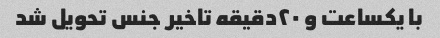
با یکساعت و ۲۰دقیقه تاخیر جنس تحویل شد